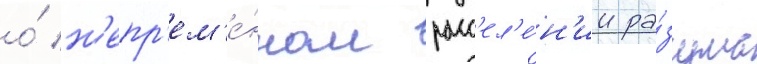
о́ н'епр'ем'е́нном расс'ел'е́н'ии ра́зума